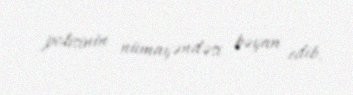
polisinin nümayəndəsi bəyan edib.